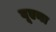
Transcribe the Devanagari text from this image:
बूएना